Annual report on the working of the lock hospitals in the Central Provinces
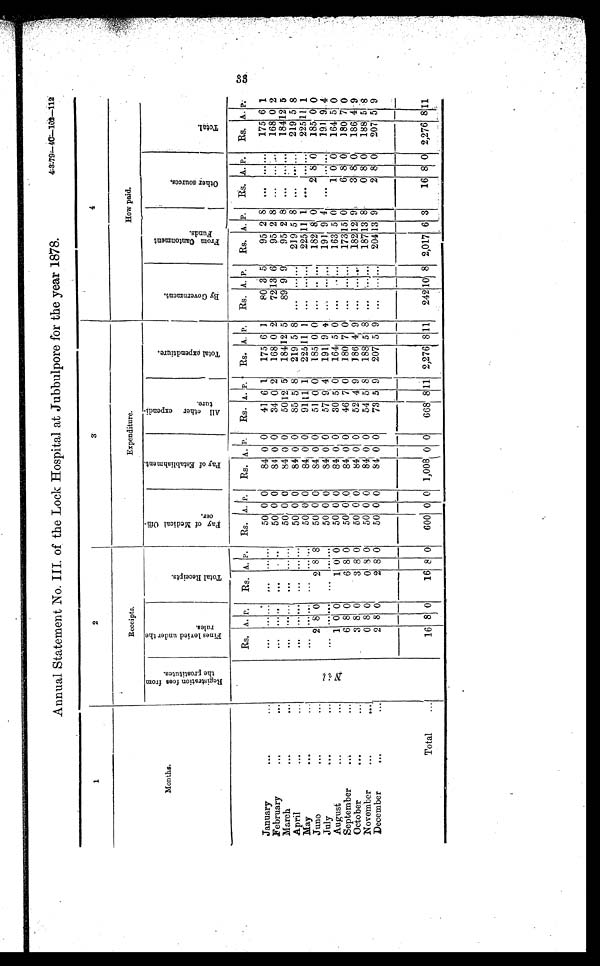
4.--3=79.4--40=-1.01-112
Annual Statement No.III of the Lock Hospital at Jubbulpore for the year 1878.
1
2
3
4
Months.
Receipts.
Expenditure.
How paid.
R e g i s t r a t i o n f e e s f r o m t h e p r o s t i t u t e s .
F i n e s l e v i e d u n d e r t h e r u l e s .
T o t a l R e c e i p t s .
P a y o f M e d i c a l o f f i -
c e r .
P a y o f E s t a b l i s h m e n t .
A l l o t h e r e x p e n d i - t u r e .
T o t a l e x p e n d t i u r e .
B y G o v e r n m e n t .
F r o m C a n t o n m e n t F u n d s .
O t h e r s o u r c e s .
T o t a l .
January
...
...
N i l
Rs. A. P. Rs. A. P. RS. A. P. RS. A. P. RS. A. P. Rs. A. P. RS. A. P. RS
.
A. P. Rs. A. P. Rs. A. P.
. . . . . . . . .
. . .
. . . . . .
50 0 0
84 0 0
41 6 1
175 6 1
80 3 5
95 2 8 ... ... ...
175 6 1
February
...
...
...
. . . . . .
...
. . . ..
50 0 0
84 0 0
34 0 2
168 0 2
72 13 6
95 2 8 ... ... . . . 168 0 2
March
...
. . .
...
. . . ... ... ... . . .
50 0 0
84 0 0
50 12 5
184 12 5
89 9 9
95 2 8 ... ... . . . 184 12 5
April
...
...
. . .
. . . . . .
. . .
. . . ...
50 0 0
84 0 0
85 5 8
219 5 8 ... ... ...
219 5 8 ...
. . . ...
219 5 8
May
...
...
. . .
. . . . . .
. . .
. . . ...
50 0 0
84 0 0
91 11 1
225 11 1 ...
. . . . . . 225 11 1 ... ... ...
225 11 1
June
...
...
2 8 0
2 8 8
50 0 0
84 0 0
51 0 0
185 0 0 ... ... ...
182 8 0
2 8 0
185 0 0
July
...
...
. . . . . . . . .
. . . . . . . . .
50 0 0
84 0 0
57 9 4
191 9 4 ...
. . . . . . 191 9 4 ... ... . . . 191 9 4
August
...
. . .
1 0 0
1 0 0
50 0 0
84 0 0
30 5 0
164 5 0 ...
. . . ...
163 5 0
1 0 0
164 5 0
September
...
...
6 8 0
6 8 0
50 0 .0
84 0 0
46 7 0
180 7 0 ... ... ...
173. 15 0
6 8 0
180 7 0
October
...
...
3 8 0
3 8 0
50 0 0
84 0 0
52 4 9
186 4 9 ... ... . . . 182 12 9
3 8 0 186 4 9
November
...
. . .
0 8 0
0 8 0
50 0 0
84 0 0
54 5 8
188 5 8 ...
. . .
...
187 13 8
0 8 0
188 5 8
December
...
...
2 8 0
2 8 0
50 0 0
84 0 0
73 5 9
207 5 9 ...
... . . . 204 13 9
2 8 0
207 5 9
Total
16 8 0
16 8 0
600 0 0 1,008 0 0
668 8 11 2,276 8 11
242 10 8 2,017 6 3
16 8 0 2,276 8 11
33